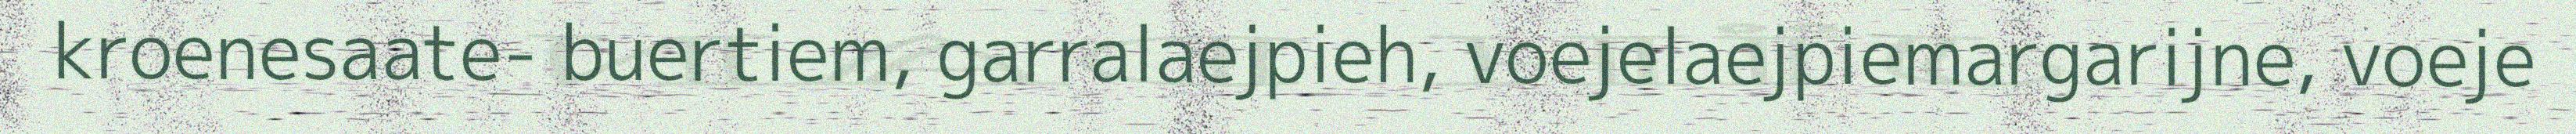
kroenesaate- buertiem, garralaejpieh, voejelaejpiemargarijne, voeje